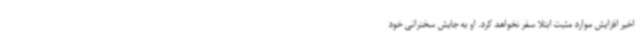
اخیر افزایش موارد مثبت ابتلا سفر نخواهد کرد. او به جایش سخنرانی خود